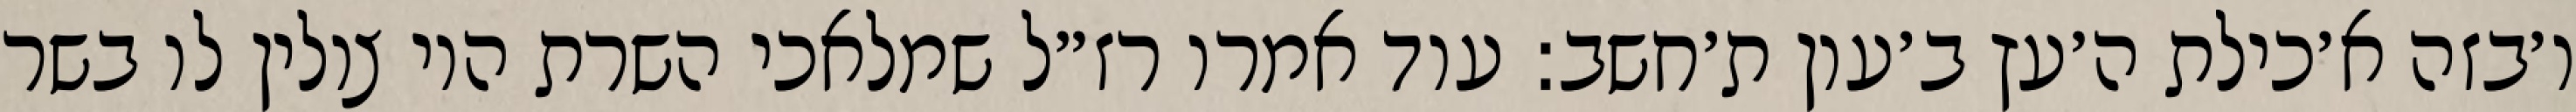
ו׳בזה א׳כילת ה׳עץ ב׳עון ת׳חשב: עוד אמרו רז״ל שמלאכי השרת היו צולין לו בשר